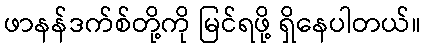
ဖာနန်ဒက်စ်တို့ကို မြင်ရဖို့ ရှိနေပါတယ်။